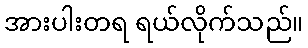
အားပါးတရ ရယ်လိုက်သည်။